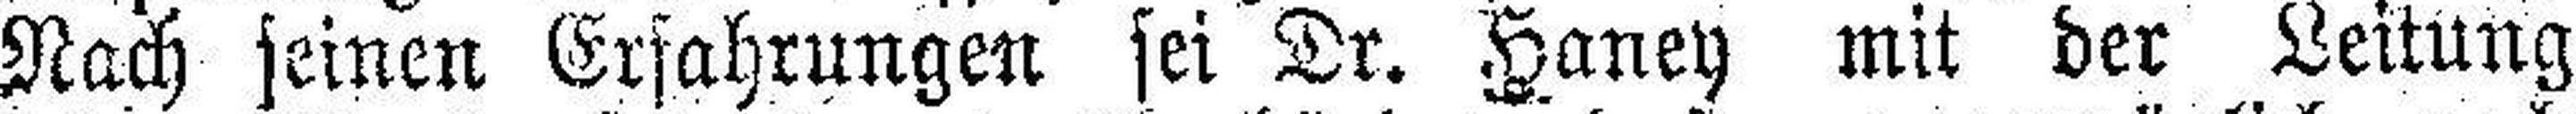
Nach seinen Erfahrungen sei Dr. Haney mit der Leitung